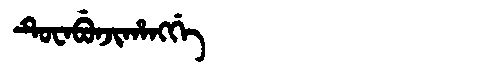
Manchu: ᡨᡠᠸᠠᠪᡠᠨᠵᡳᡥᠠᠩᡤᡝ
Romanization: TUWABUNJIHANGGE